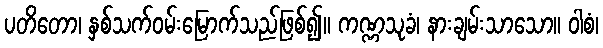
ပတိတော၊ နှစ်သက်ဝမ်းမြောက်သည်ဖြစ်၍။ ကဏ္ဏသုခံ၊ နားချမ်းသာသော။ ဝါစံ၊